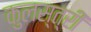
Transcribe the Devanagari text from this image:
कुलस्त्री